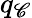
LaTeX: q_{\mathscr{C}}